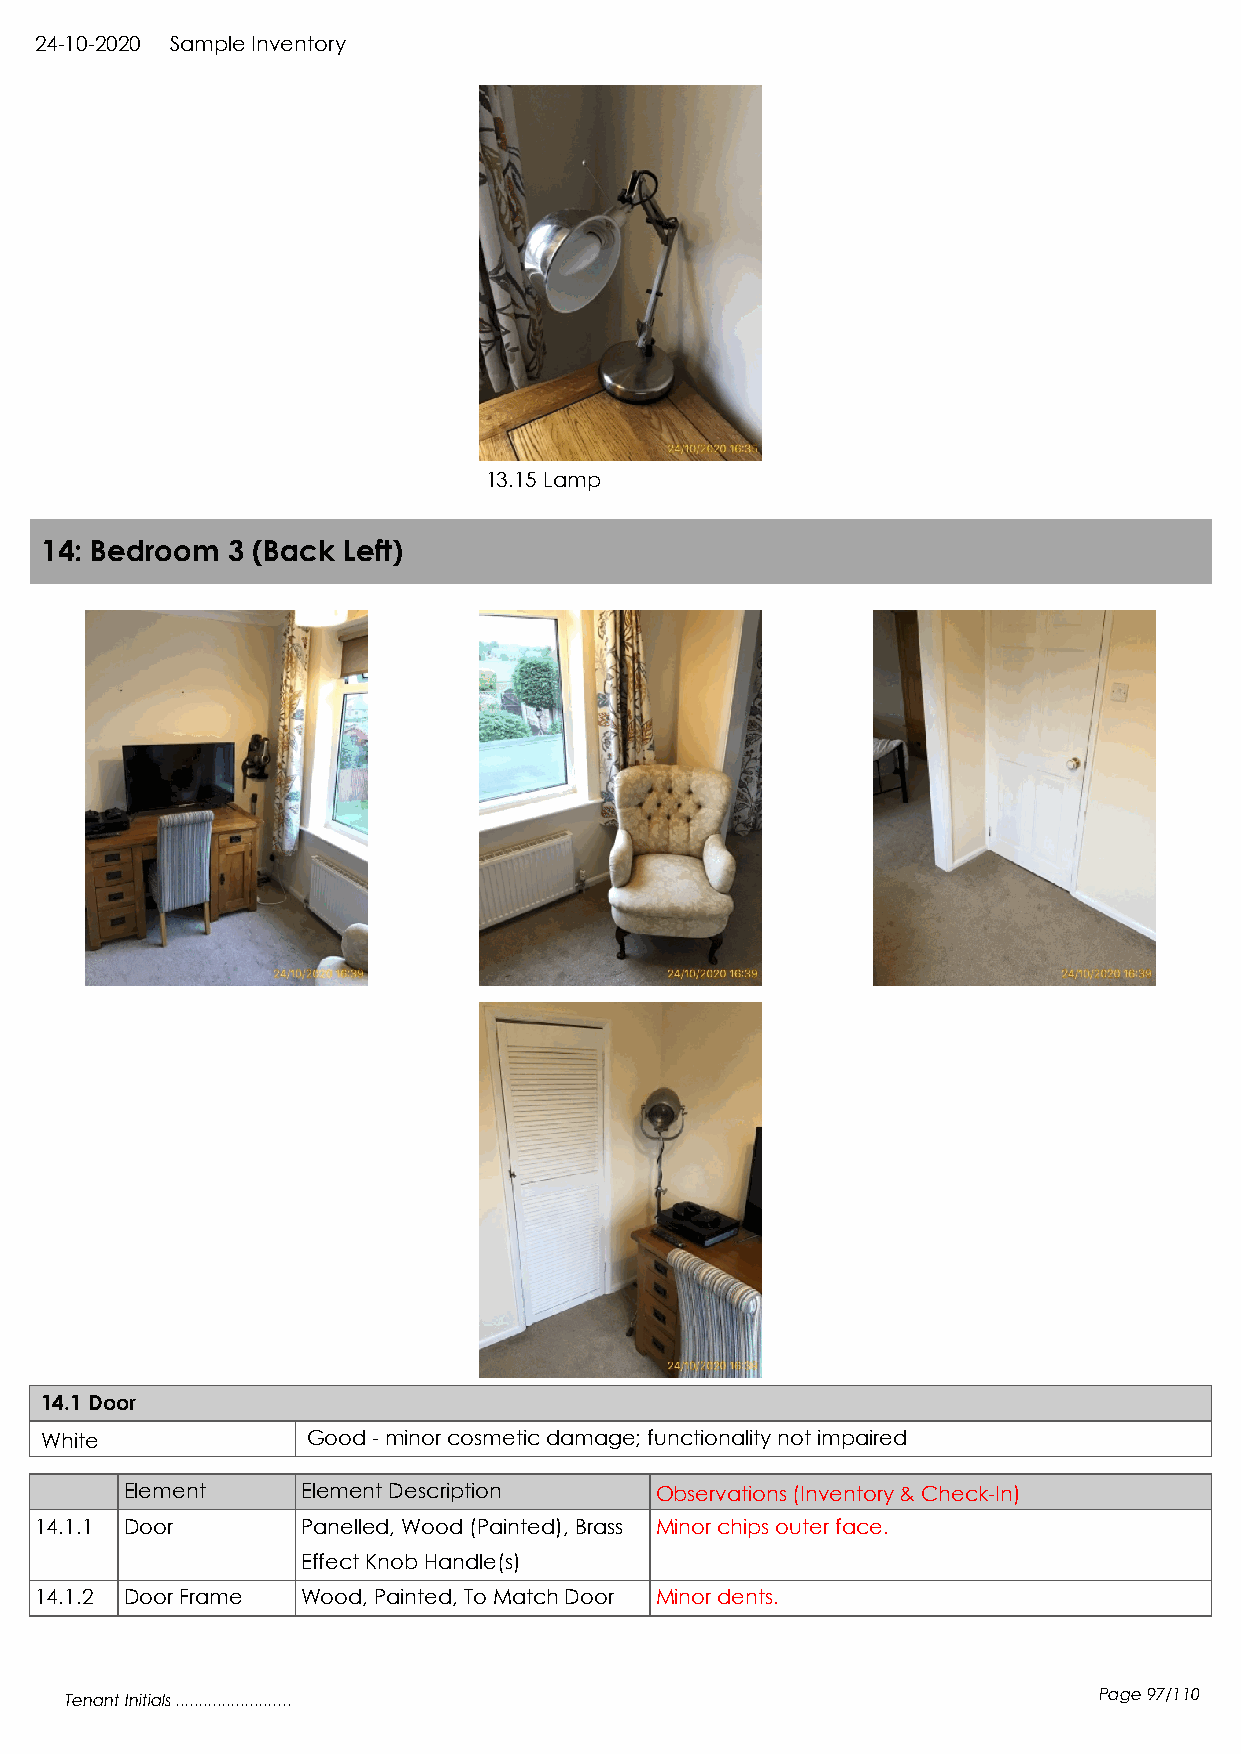
24-10-2020 Sample Inventory
 13.15 Lamp
 14: Bedroom 3 (Back Left)
 14.1 Door
 White            Good - minor cosmetic damage; functionality not impaired
 Element     Element Description    Observations (Inventory & Check-In)
 14.1.1 Door       Panelled, Wood (Painted), Brass Minor chips outer face.
 Effect Knob Handle(s)
 14.1.2 Door Frame Wood, Painted, To Match Door Minor dents.
 Tenant Initials .........................                            Page 97/110